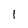
Character: 1